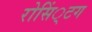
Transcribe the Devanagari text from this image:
रोसिं्टग